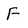
Character: F